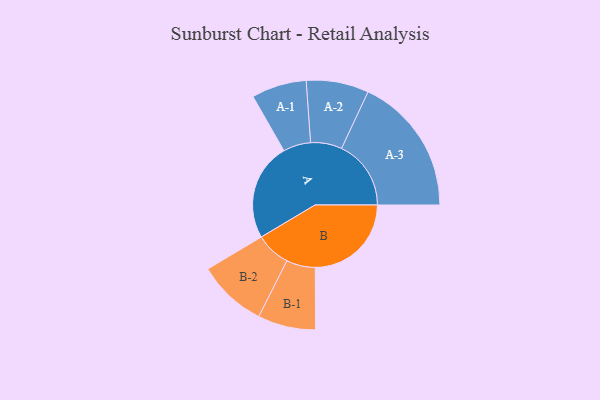
{"axis": {"x": "Segment", "y": "Value"}, "legend": ["", "A", "B"], "data": [{"x": "A", "y": 418, "type": ""}, {"x": "B", "y": 412, "type": ""}, {"x": "A-1", "y": 118, "type": "A"}, {"x": "A-2", "y": 134, "type": "A"}, {"x": "A-3", "y": 298, "type": "A"}, {"x": "B-1", "y": 124, "type": "B"}, {"x": "B-2", "y": 149, "type": "B"}]}